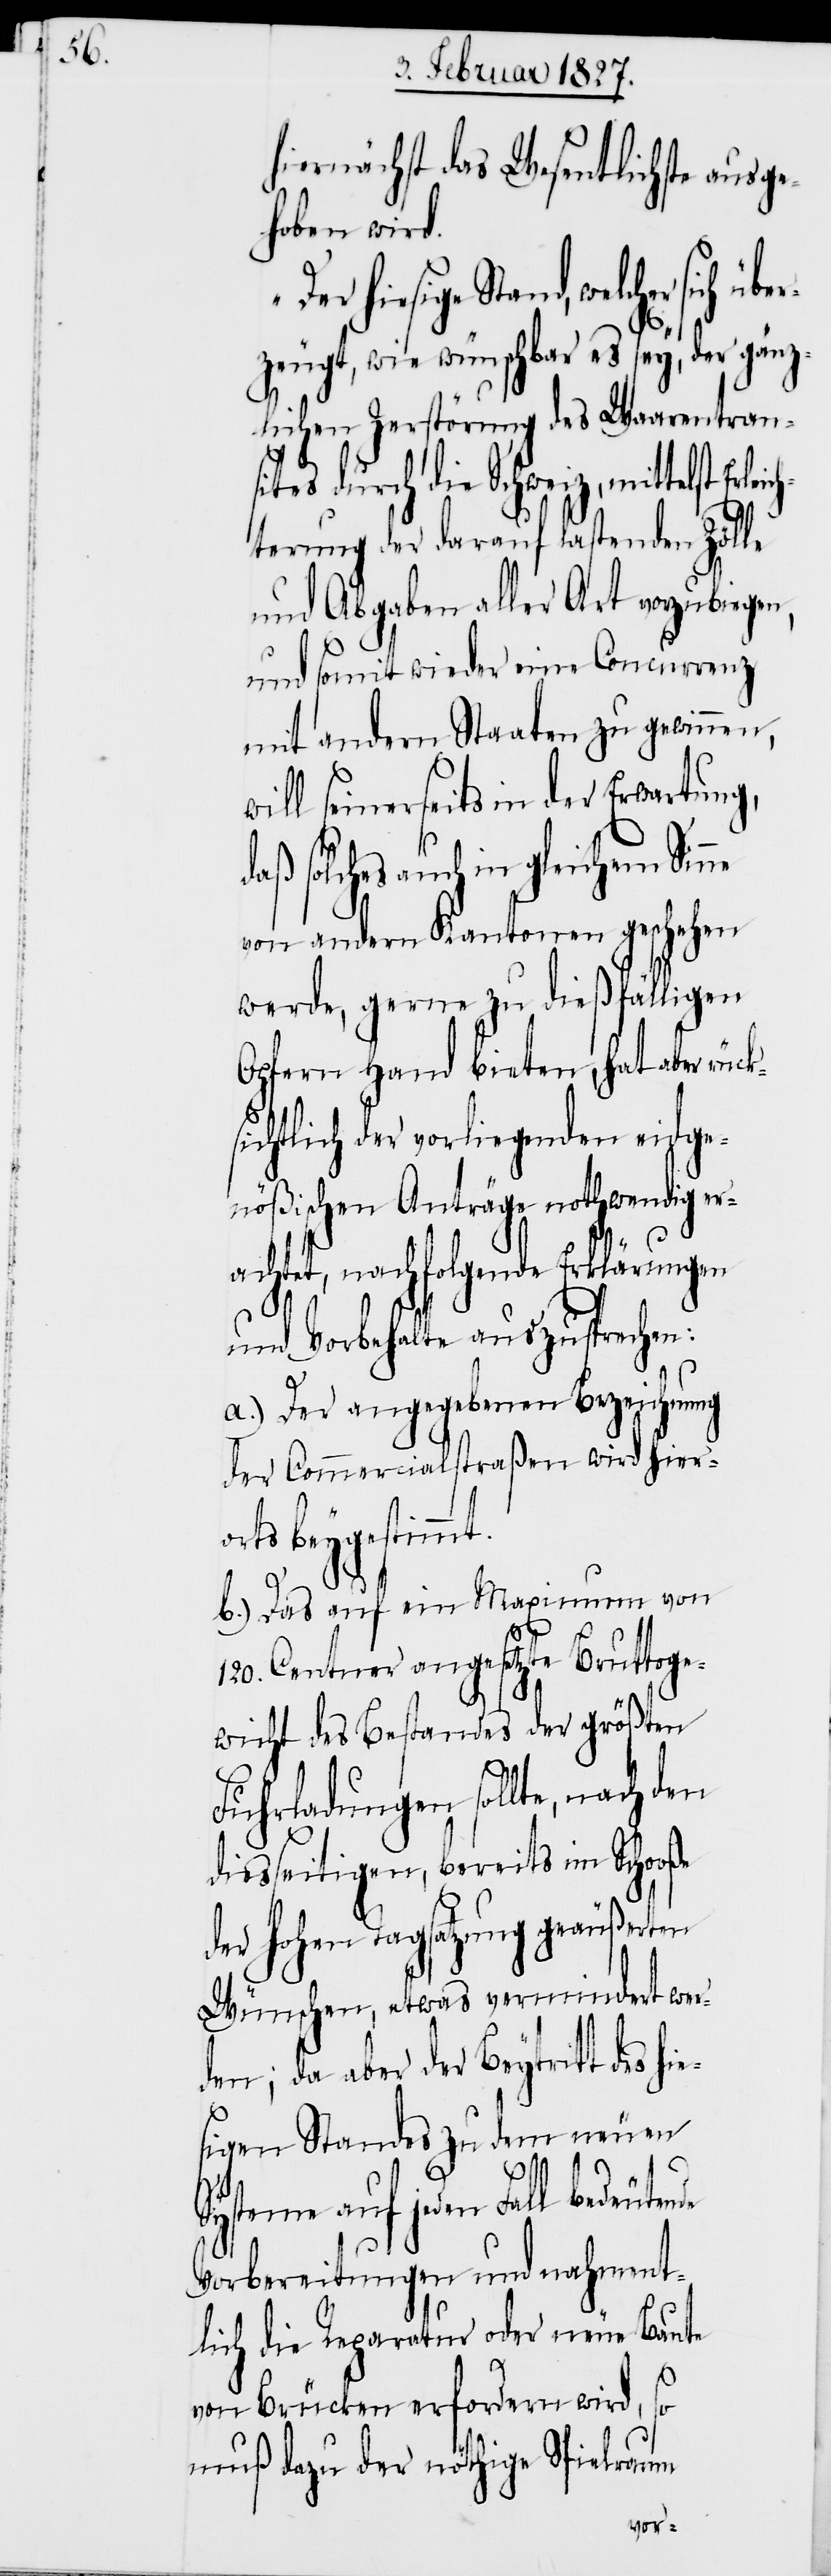
hiernächst das Wesentlichste ausge¬
hoben wird.
Der hiesige Stand, welcher
zeugt, wie wünschbar es sey, der gänz¬
lichen Zerstörung des Waarentran¬
sites durch die Schweiz, mittelst Erle¬
terung der darauf lastenden Zölle
und Abgaben aller Art vorzubiegen,
und somit wieder eine Concurrenz
mit andern Staaten zu gewinnen,
ill seinerseits in der Erwartung,
daß solches auch in gleichem Sinne
von andern Kantonen geschehen
werde, gerne zu dießfälligen
Opfern Hand bieten, hat aber rüc¬
sichtlich der vorliegenden eidge¬
nößischen Anträge nothwendig er¬
achtet, nachfolgende Erklärungen
und Vorbehalte auszusprechen:
a.) Der angegebenen Bezeichnung
der Commercialstraßen wird hier¬
orts beygestimmt.
b.) Das auf ein Maximum von
k¬
120. Centner angesetzte Bruttoge¬
wicht des Bestandes der größten
Fuhrladungen sollte, nach den
diesseitigen, bereits im Schooße
der Hohen Tagsatzung geäußerten
Wünschen, etwas vermindert wer¬
den; da aber der Beytritt des
hie¬
sigen Standes zu dem neuen
ich¬
Systeme auf jeden Fall bedeutende
Vorbereitungen und nahment¬
lich die Reparatur oder neue Baute
von Brücken erfordern wird, so
muß dazu der nöthige Spielraum